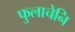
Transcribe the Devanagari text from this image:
फुलाचेनि